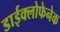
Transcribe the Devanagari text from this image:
डाईक्लोफेनेक